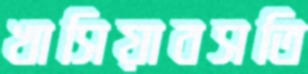
খাসিয়াবসতি